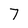
Character: 7